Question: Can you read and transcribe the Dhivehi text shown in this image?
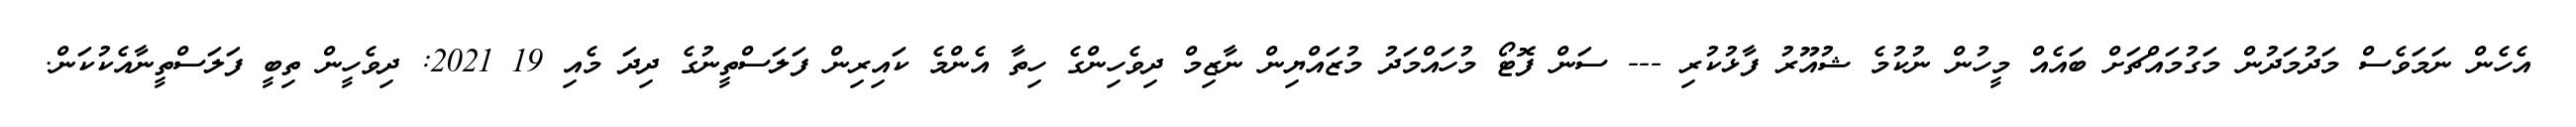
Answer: އެހެން ނަމަވެސް މަދުމަދުން މަގުމައްޗަށް ބައެއް މީހުން ނުކުމެ ޝުއޫރު ފާޅުކުރި --- ސަން ފޮޓޯ މުހައްމަދު މުޒައްޔިން ނާޒިމް ދިވެހިންގެ ހިތާ އެންމެ ކައިރިން ފަލަސްތީނުގެ ދިދަ މެއި 19 2021: ދިވެހީން ތިބީ ފަލަސްތީނާއެކުކަން.